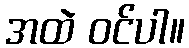
အထဲ ဝင်ပါ။